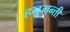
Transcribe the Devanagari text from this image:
हनुमन्ती